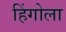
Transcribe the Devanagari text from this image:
हिंगोला